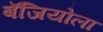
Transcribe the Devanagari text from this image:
बॅजियोला